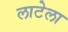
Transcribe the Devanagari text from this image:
लाटेला